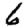
Digit: 6